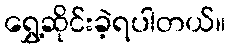
ရွှေ့ဆိုင်းခဲ့ရပါတယ်။